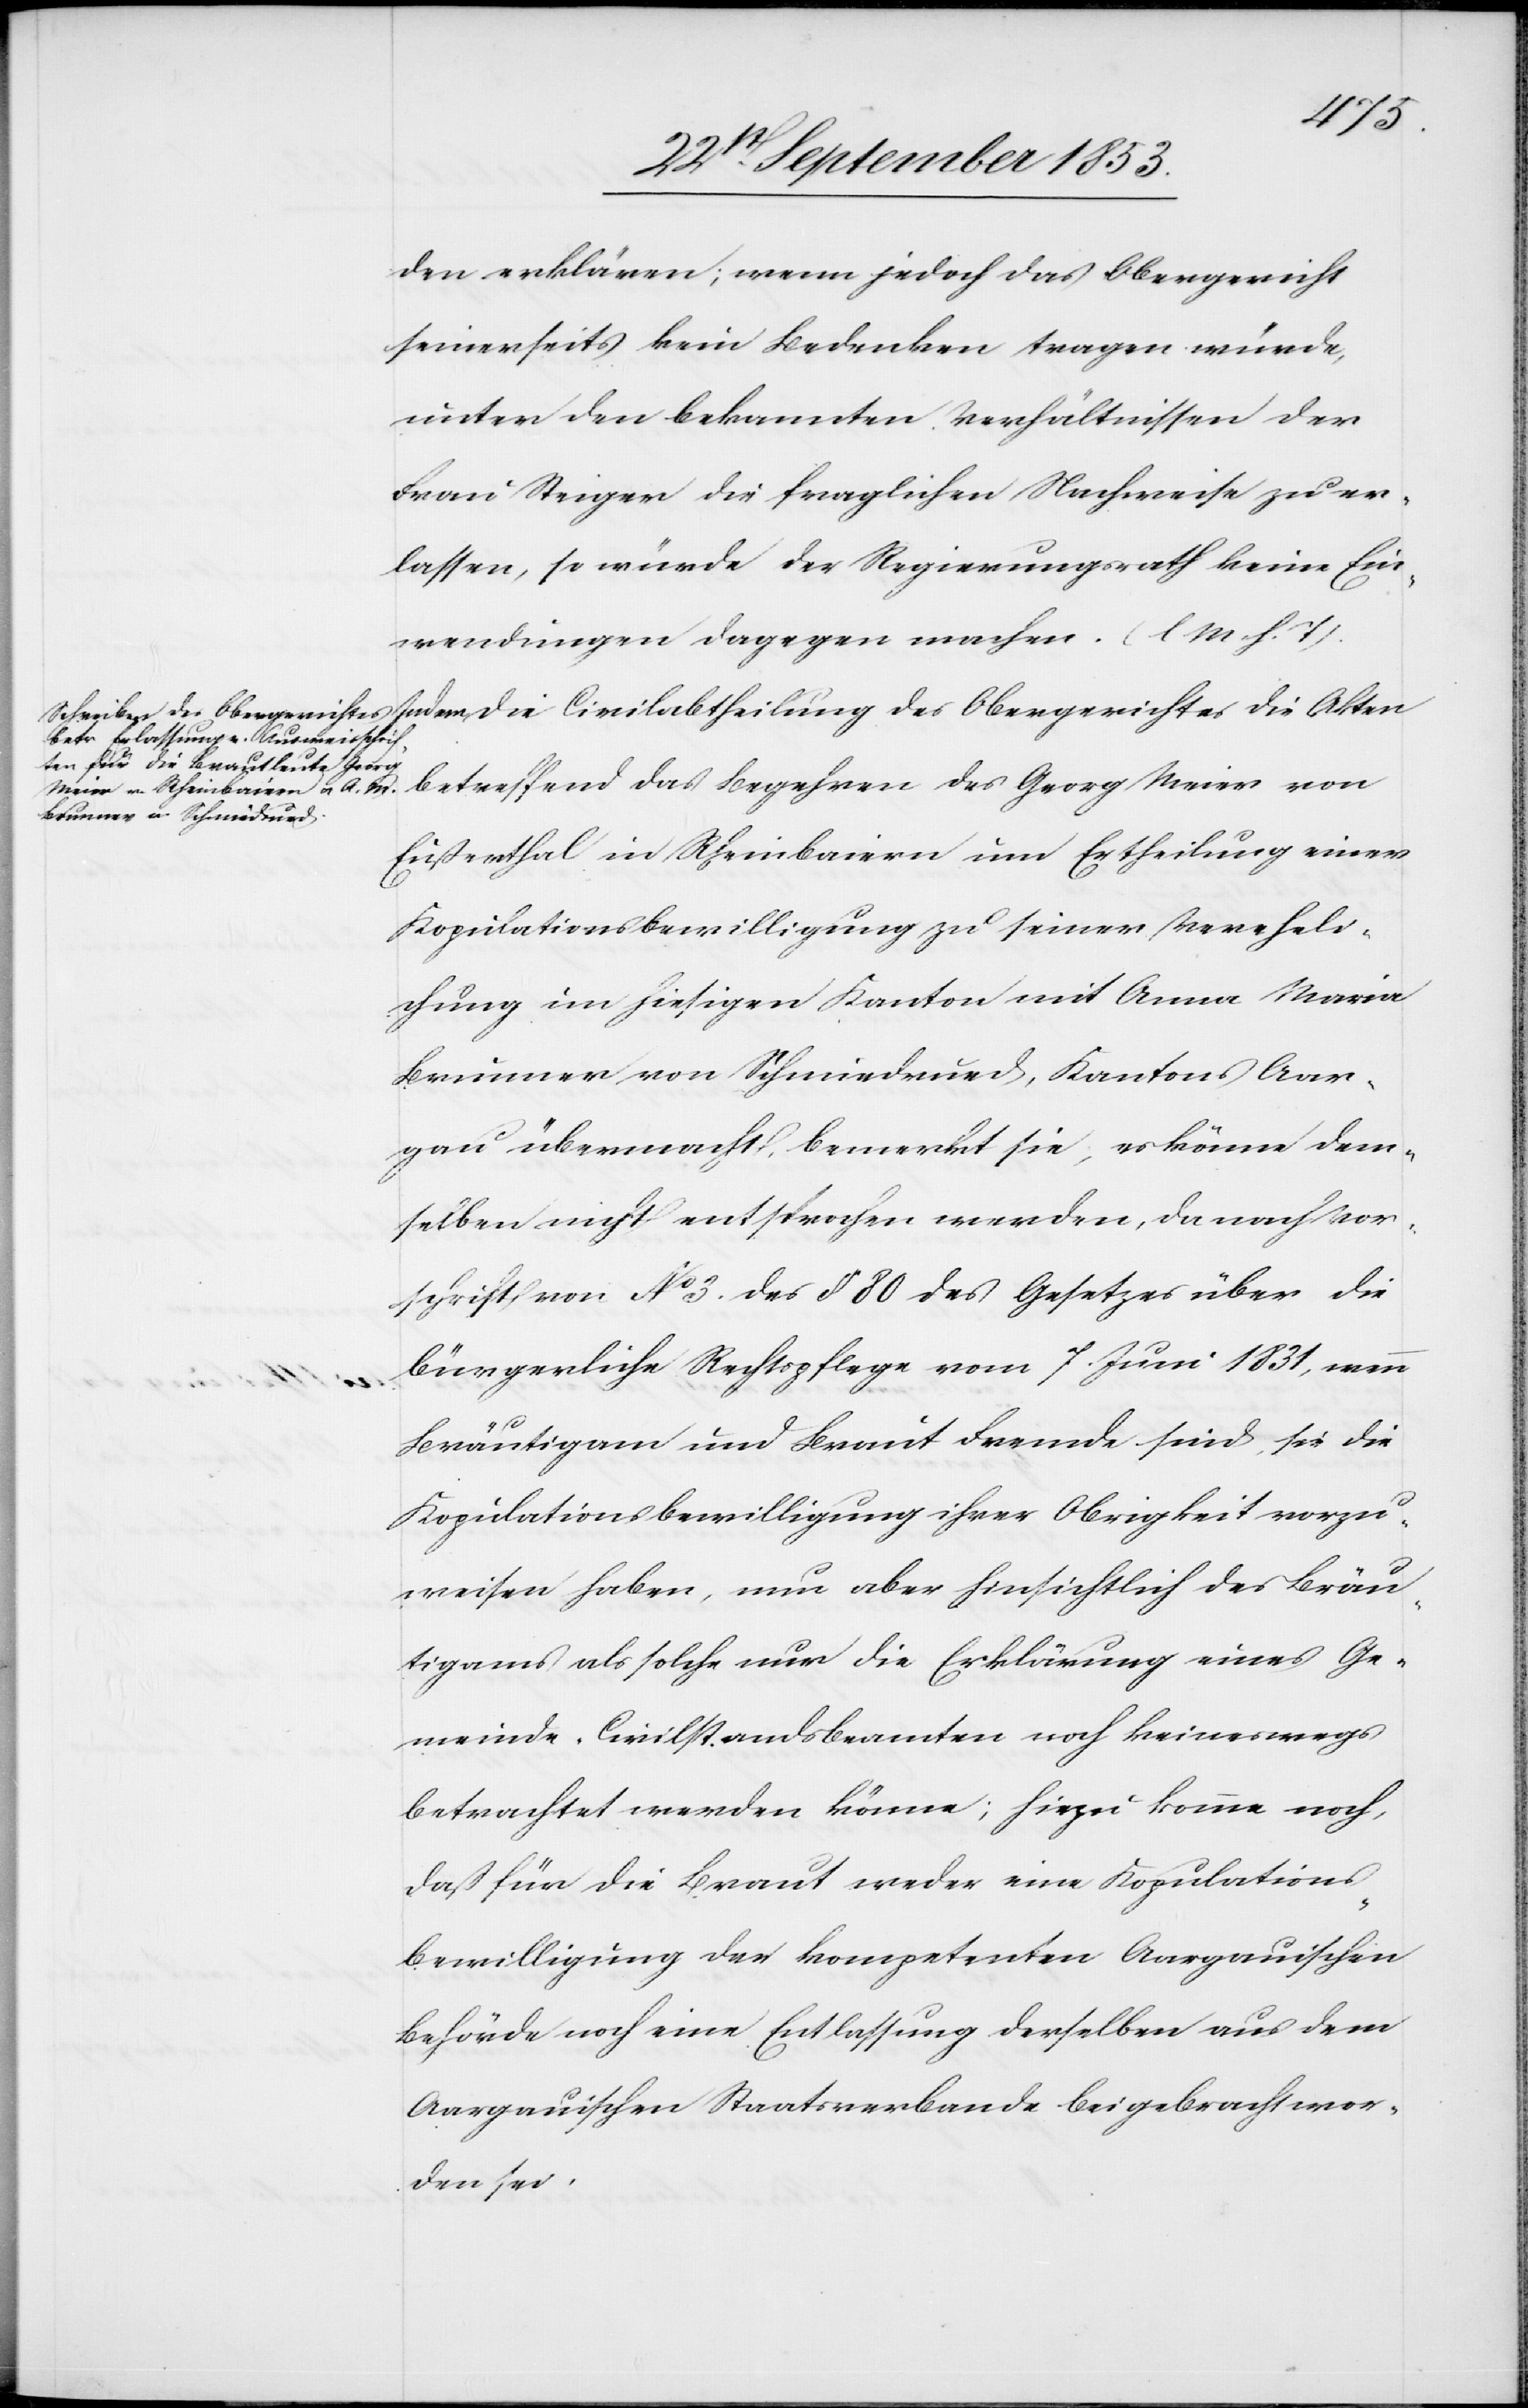
den erklären; wenn jedoch das Obergericht
seinerseits kein Bedenken tragen würde,
unter den bekannten Verhältnissen der
Frau Steiger die fraglichen Nachweise zu er¬
lassen, so würde der Regierungsrath keine Ein¬
wendungen dagegen machen. [l. M. h. T]
betreffend das Begehren des Georg Meier von
Eußerthal in Rheinbaiern um Ertheilung einer
Kopulationsbewilligung zu seiner Vereheli¬
chung im hiesigen Kanton mit Anna Maria
Brunner von Schmiedrued, Kantons Aar¬
gau übermacht, bemerkt sie, es könne dem¬
selben nicht entsprochen werden, da nach Vor¬
schrift von N° 3 des § 80 des Gesetzes über die
bürgerliche Rechtspflege vom 7 Juni 1831, wenn
Bräutigam und Braut Fremde sind, sie die
Kopulationsbewilligung ihrer Obrigkeit vorzu¬
weisen haben, nun aber hinsichtlich des Bräu¬
tigams als solche nur die Erklärung eines Ge¬
meinde-Civilstandsbeamten noch keineswegs
betrachtet werden könne; hiezu komme noch,
daß für die Braut weder eine Kopulations¬
bewilligung der kompetenten Aargauischen
Behörden noch eine Entlassung derselben aus dem
Aargauischen Staatsverbande beigebracht wor¬
den sei.